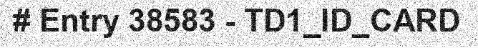
# Entry 38583 - TD1_ID_CARD